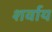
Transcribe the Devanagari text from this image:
शर्वाय